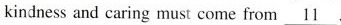
kindness and caring must come from \underline{11}.